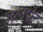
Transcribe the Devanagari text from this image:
जुलफे